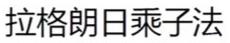
拉格朗日乘子法